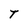
Character: T